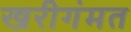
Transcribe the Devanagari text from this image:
खरीगंमत